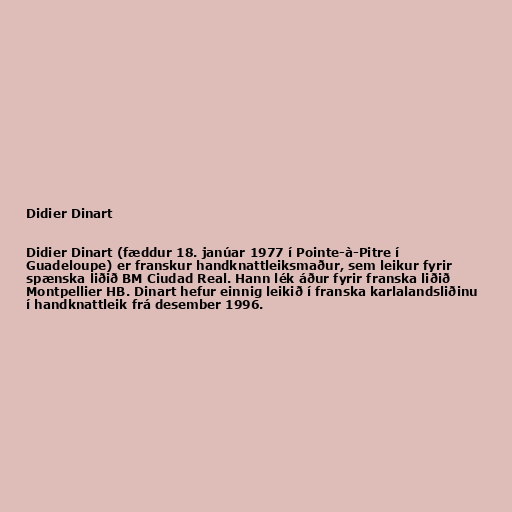
Didier Dinart

Didier Dinart (fæddur 18. janúar 1977 í Pointe-à-Pitre í
Guadeloupe) er franskur handknattleiksmaður, sem leikur fyrir
spænska liðið BM Ciudad Real. Hann lék áður fyrir franska liðið
Montpellier HB. Dinart hefur einnig leikið í franska karlalandsliðinu
í handknattleik frá desember 1996.